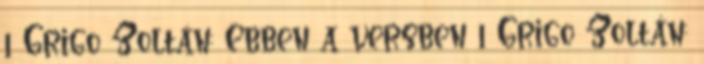
1 Grigo Zoltán: Ebben a versben 1 Grigo Zoltán: